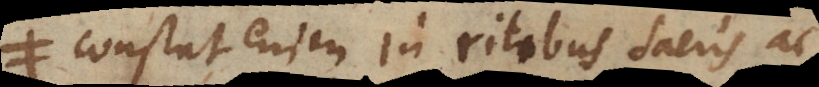
Constat enim in ritibus sacris ac